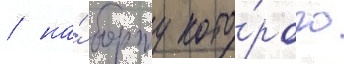
/ на́ борту кото́рого